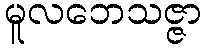
မူလဘေသဇ္ဇာ